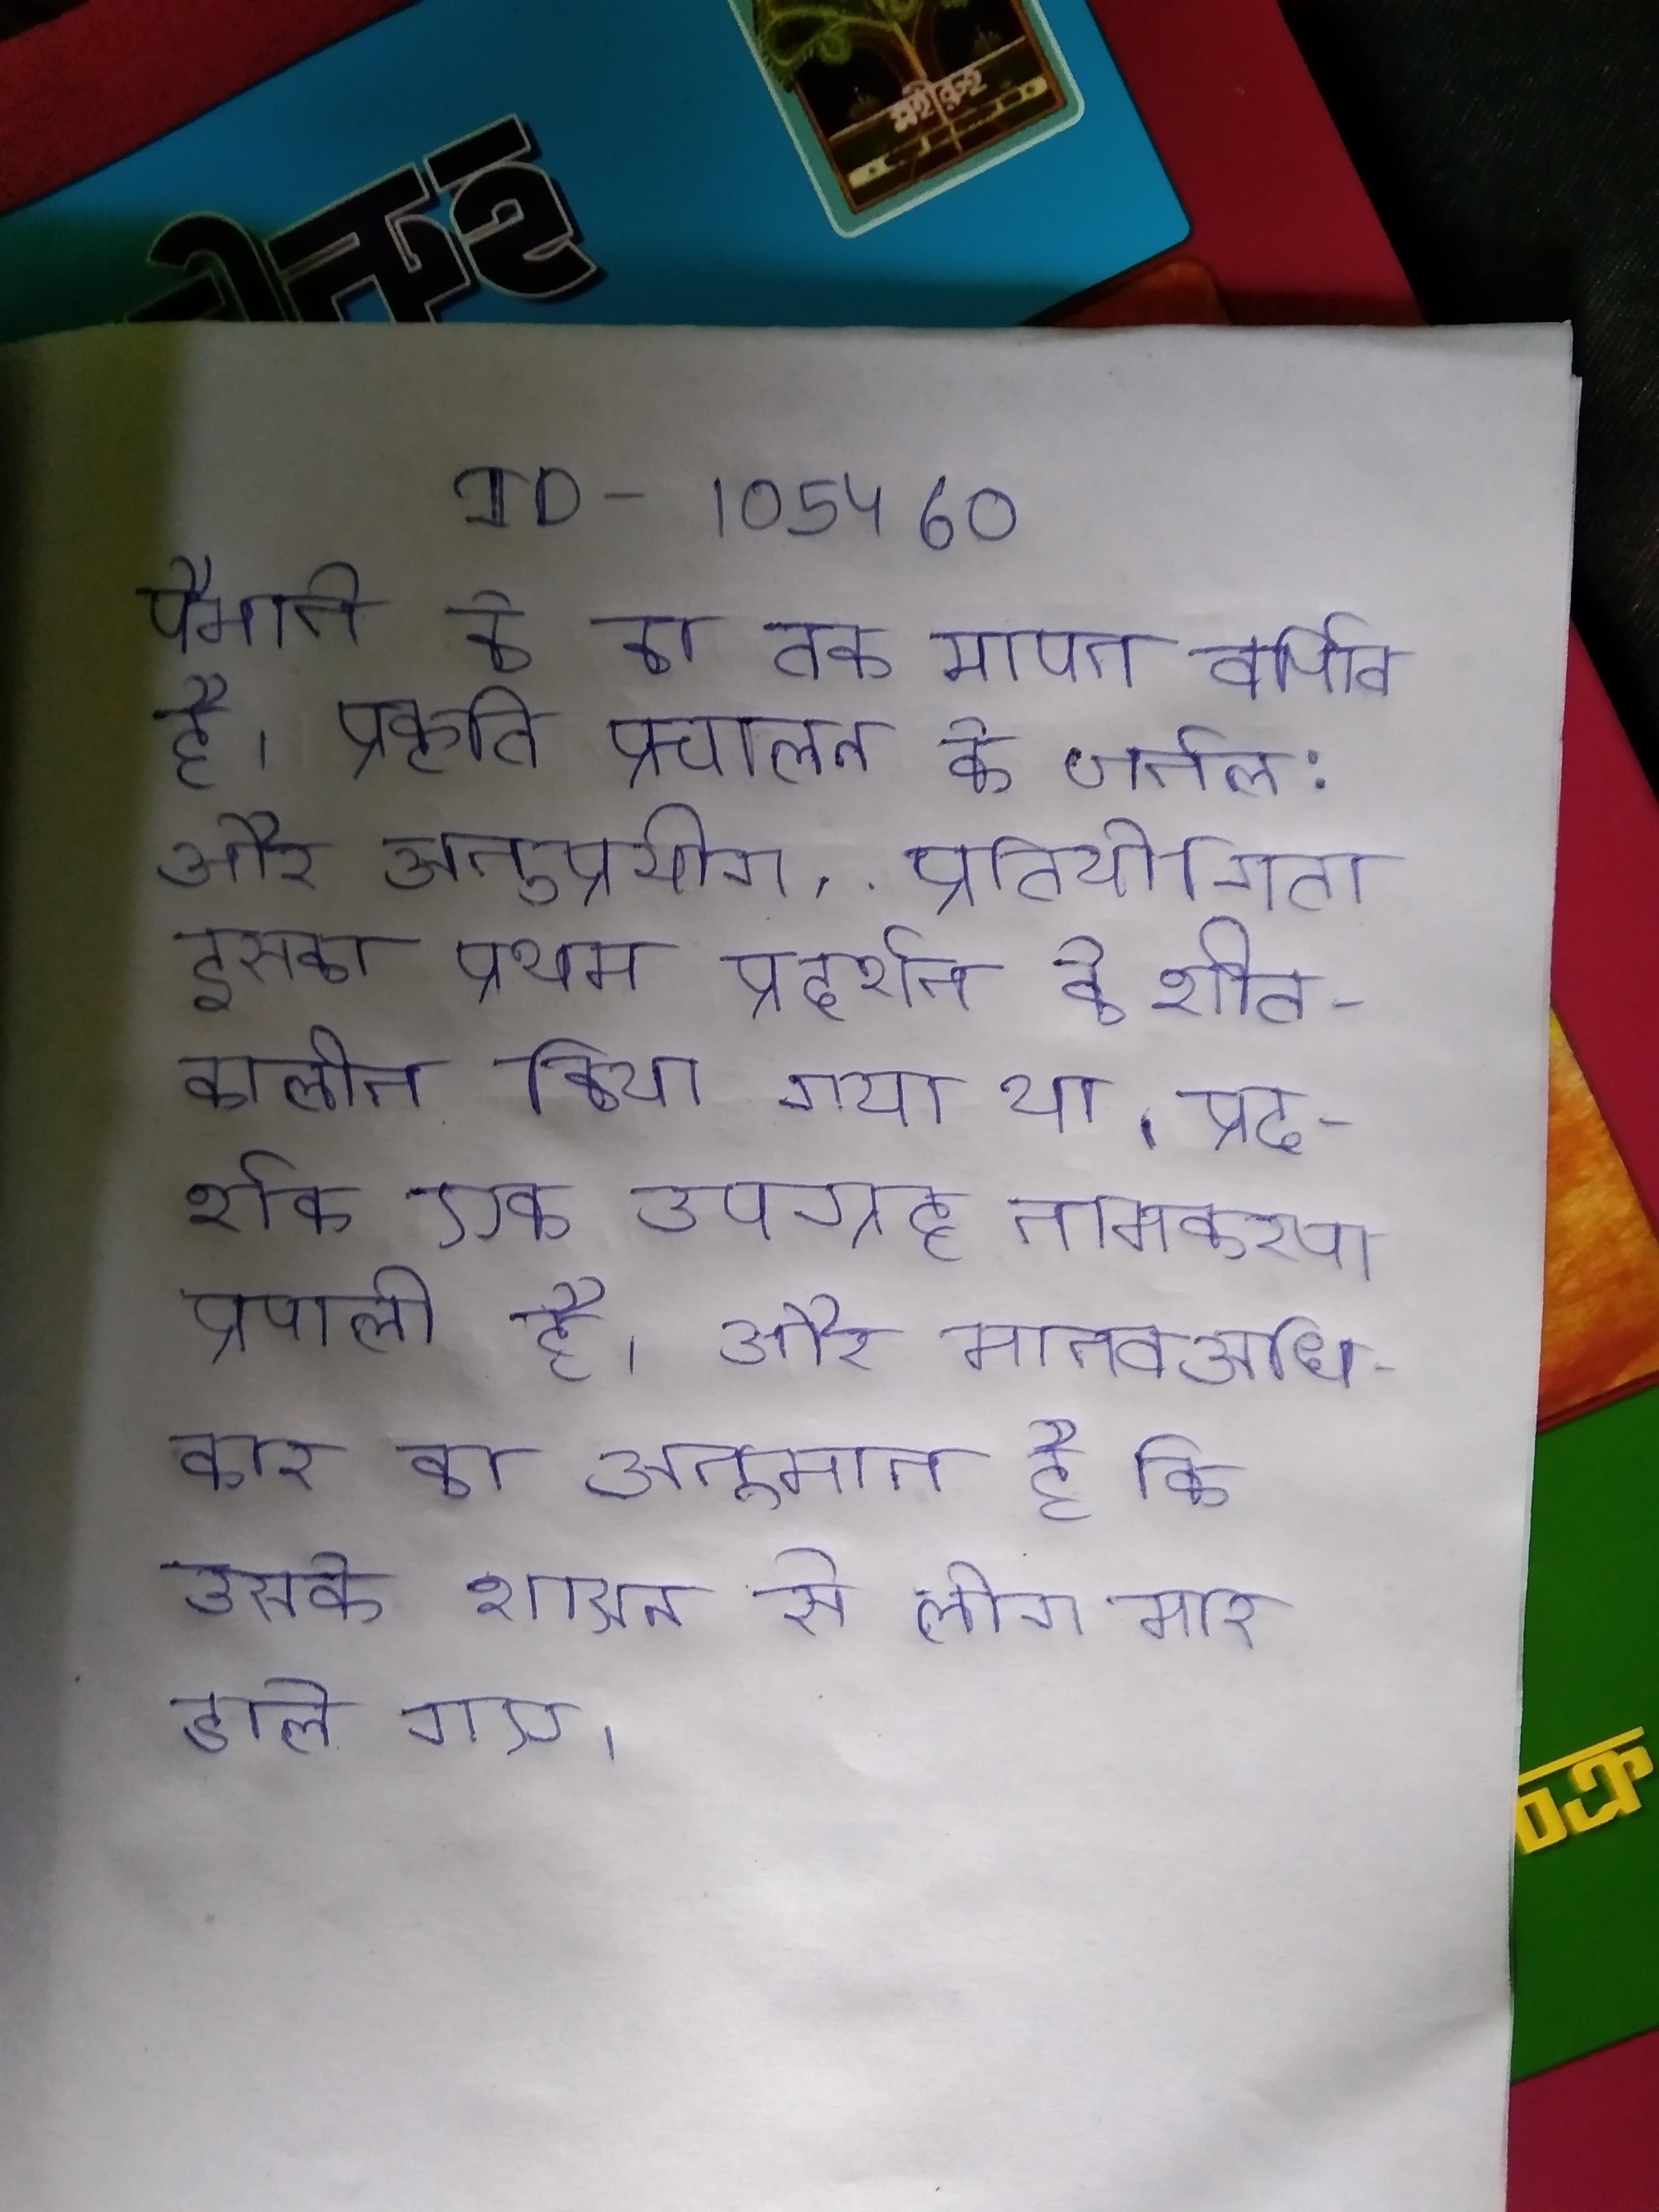
पैमाने के का तक मापन वर्णित है । प्रकृति प्रचालन के जर्नल: और अनुप्रयोग, . प्रतियोगिता इसका प्रथम प्रदर्शन के शीतकालीन किया गया था । प्रदर्शक एक उपग्रह नामकरण प्रणाली है । और मानव अधिकार का अनुमान है कि उसके शासन से लोग मार डाले गए ।